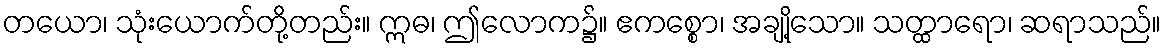
တယော၊ သုံးယောက်တို့တည်း။ ဣဓ၊ ဤလောက၌။ ဧကစ္စော၊ အချို့သော။ သတ္ထာရော၊ ဆရာသည်။